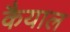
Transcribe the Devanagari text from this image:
कैयाल